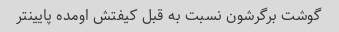
گوشت برگرشون نسبت به قبل کیفتش اومده پایینتر